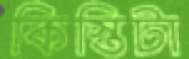
কিস্তিটা